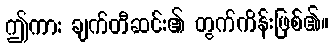
ဤကား ချက်တီဆင်း၏ တွက်ကိန်းဖြစ်၏။